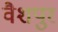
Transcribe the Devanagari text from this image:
वैशपुर